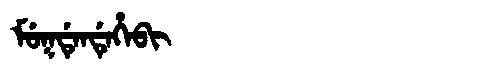
Manchu: ᠮᡠᡴᡩᡝᠨᡩᡝᡥᡝᠪᡳ
Romanization: MUKDENDEHEBI